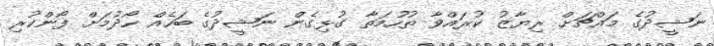
ނަޝީދުގެ މައްޗަށް ރިޔާޒު ކުރައްވާ ތުހުމަތާ ގުޅިގެން ނަޝީދުގެ ބަހެއް ހޯދުމަށް ފޯންކުރި